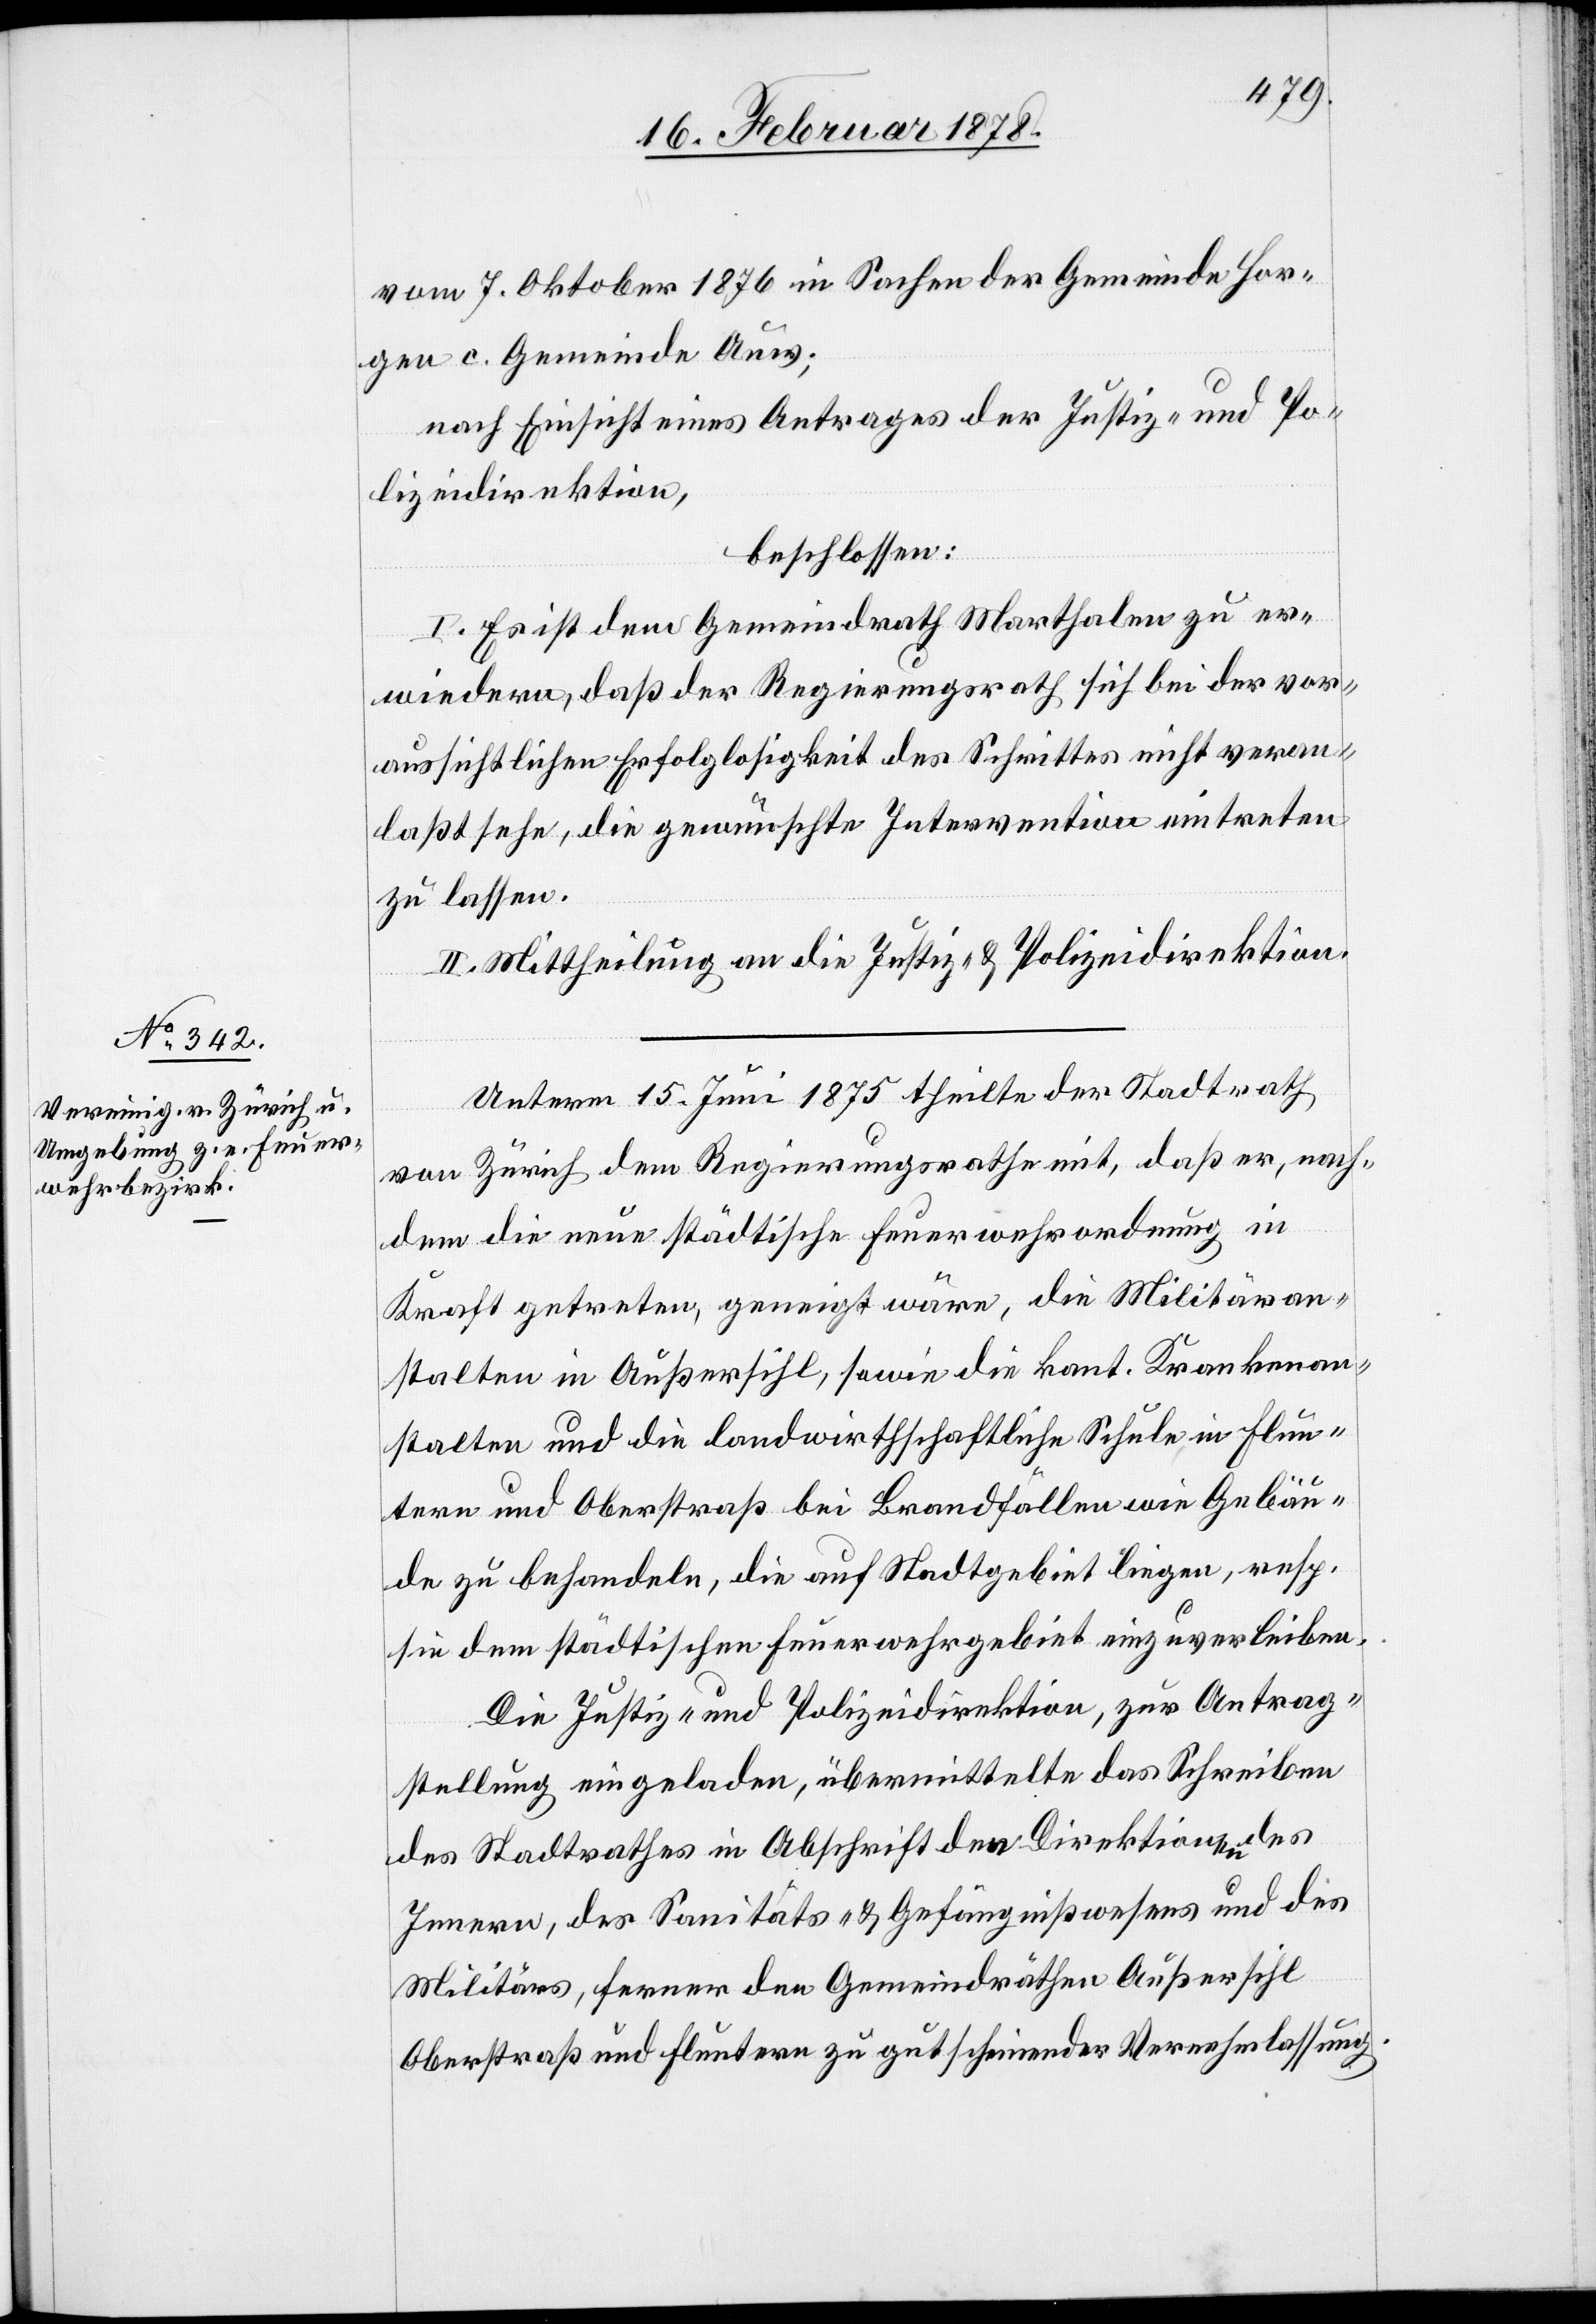
vom 7. Oktober 1876 in Sachen der Gemeinde Hor¬
gen c. Gemeinde Auw;
nach Einsicht eines Antrages der Justiz- und Po¬
lizeidirektion,
beschlossen:
I. Es ist dem Gemeindrath Marthalen zu er¬
wiedern, daß der Regierungsrath sich bei der vor¬
aussichtlichen Erfolglosigkeit des Schrittes nicht veran¬
laßt sehe, die gewünschte Intervention eintreten
zu lassen.
II. Mittheilung an die Justiz- & Polizeidirektion.
Unterm 15. Juni 1875 theilte der Stadtrath
von Zürich dem Regierungsrathe mit, daß er, nach¬
dem die neue städtische Feuerwehrordnung in
Kraft getreten, geneigt wäre, die Militäran¬
stalten in Außersihl, sowie die kant. Krankenan¬
stalten und die landwirthschaftliche Schule in Flun¬
tern und Oberstraß bei Brandfällen wie Gebäu¬
de zu behandeln, die auf Stadtgebiet liegen, resp.
sie dem städtischen Feuerwehrgebiet einzuverleiben.
Die Justiz- und Polizeidirektion, zur Antrag¬
stellung eingeladen, übermittelte das Schreiben
des Stadtrathes in Abschrift den Direktionen des
Innern, des Sanitäts- & Gefängnißwesens und des
Militärs, ferner den Gemeindräthen Außersihl[,]
Oberstraß und Fluntern zu gutscheinender Vernehmlassung.